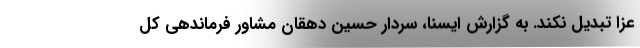
عزا تبدیل نکند. به گزارش ایسنا، سردار حسین دهقان مشاور فرماندهی کل